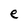
Character: e